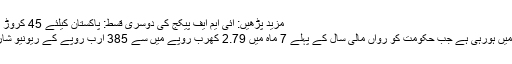
مزید پڑھیں: آئی ایم ایف پیکج کی دوسری قسط: پاکستان کیلئے 45 کروڑ 24 لاکھ ڈالر منظور
نظرثانی ایسے وقت میں ہورہی ہے جب حکومت کو رواں مالی سال کے پہلے 7 ماہ میں 2.79 کھرب روپے میں سے 385 ارب روپے کے ریونیو شارٹ فال کا سامنا ہے۔